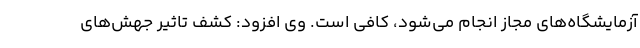
آزمایشگاه‌های مجاز انجام می‌شود، کافی است. وی افزود: کشف تاثیر جهش‌های